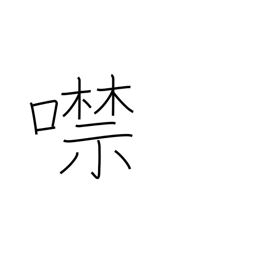
Meaning: shut up